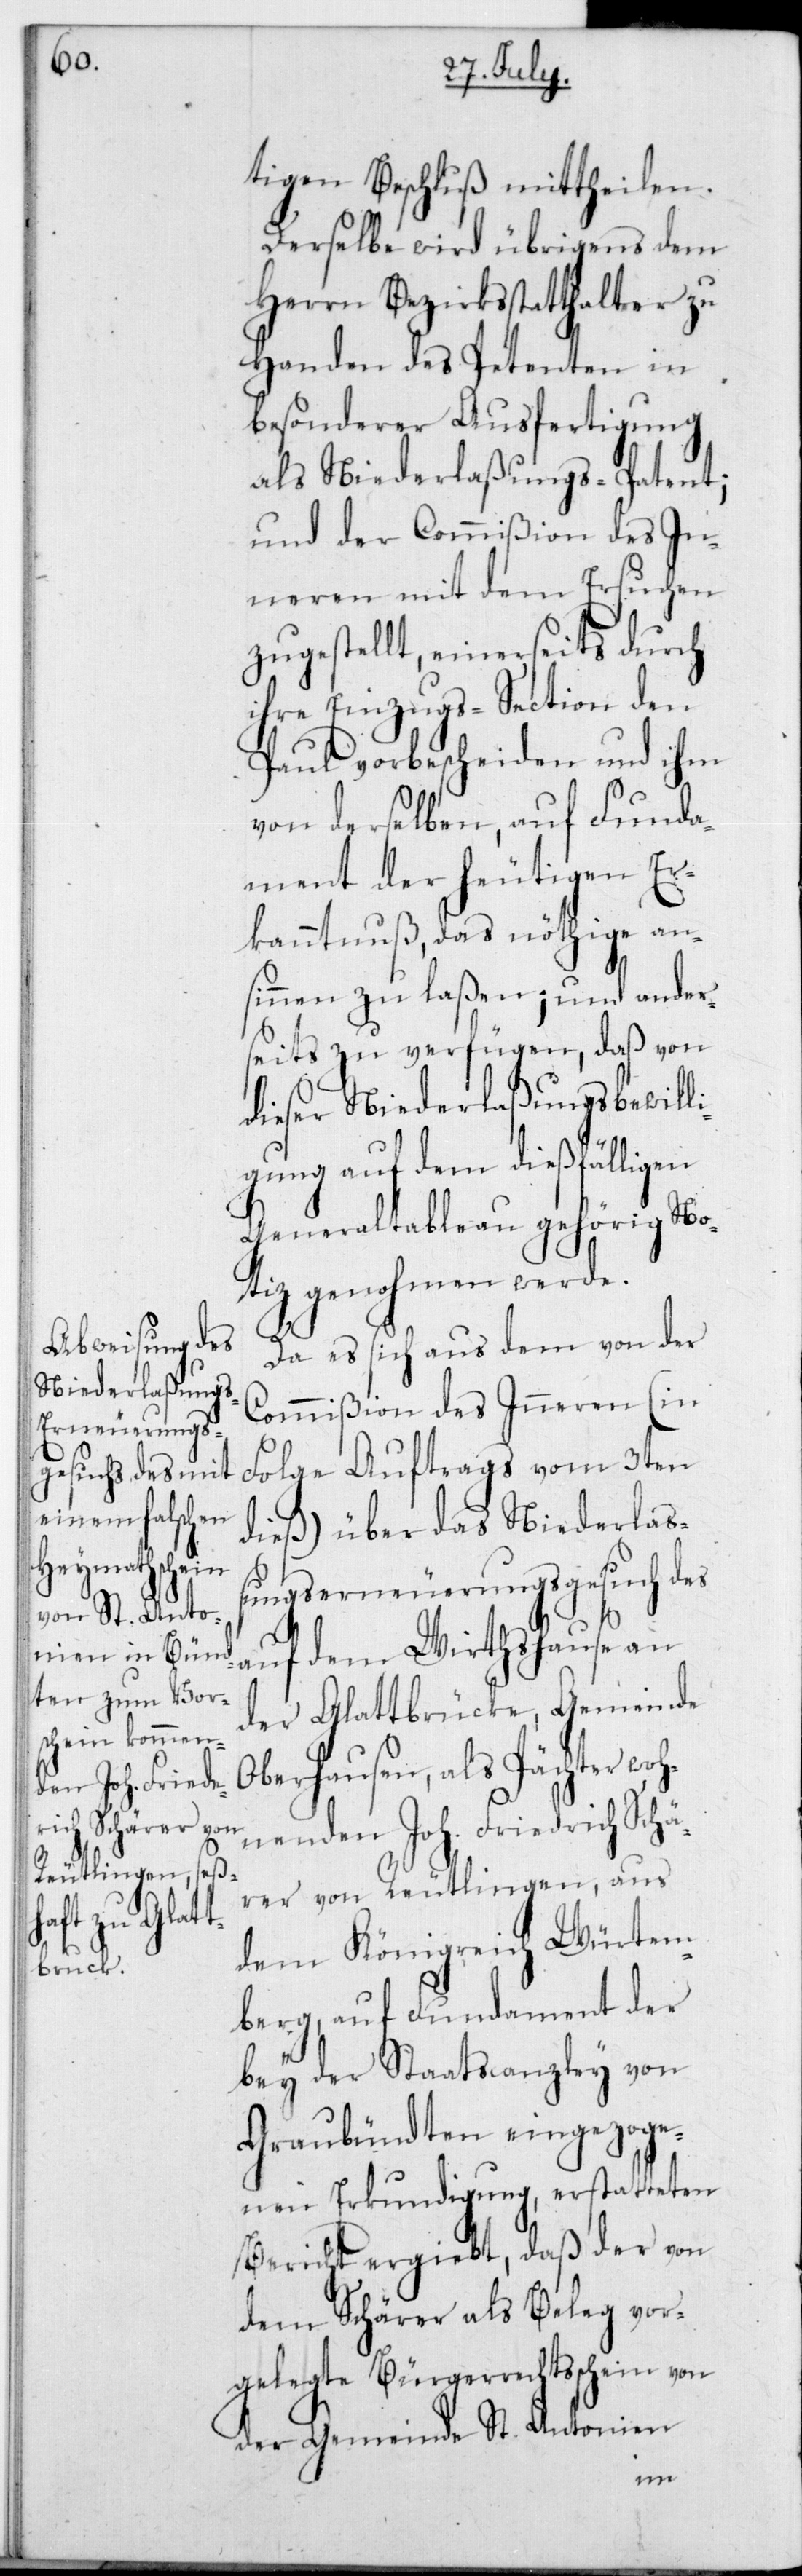
tigen Beschluß mittheilen.
Derselbe wird übrigens dem
Herrn Bezirksstatthalter zu
Handen des Petenten in
besonderer Ausfertigung
als Niederlaßungs-Patent;
und der Commißion des In¬
neren mit dem Ersuchen
zugestellt, einerseits durch
ihre Einzugs-Section den
Paul vorbescheiden und ihm
von derselben, auf Funda¬
ment der heutigen Er¬
kanntnuß, das Nöthige an¬
sinnen zu laßen; und ander¬
seits zu verfügen, daß von
dieser Niederlaßungsbewill¬
ung auf dem dießfälli¬
Generaltableau gehörig No¬
tiz genohmen werde.
Da es sich aus dem von der
Commißion des Inneren (in
folge Auftrags vom 3ten
dies) über das Niederlaß¬
ungserneuerungsgesuch des
auf dem Wirthshause an
der Glattbrücke, Gemeinde
Oberhausen, als Pächter woh¬
nende Joh. Friedrich Schä¬
rer von Reutlingen, aus
dem Königreich Würtem¬
berg, auf Fundament der
bey der Staatscanzley von
Graubündten eingezoge¬
nen Erkundigung, erstatteten
Bericht ergiebt, daß der von
dem Schärer als Beleg vor¬
gelegte Bürgerrechtsschein von
der Gemeinde St. Antonien
gen